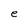
Character: e